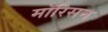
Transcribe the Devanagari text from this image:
मॉरिसन